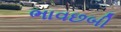
ભાવછબી